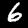
Digit: 6